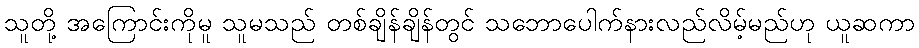
သူတို့ အကြောင်းကိုမူ သူမသည် တစ်ချိန်ချိန်တွင် သဘောပေါက်နားလည်လိမ့်မည်ဟု ယူဆကာ